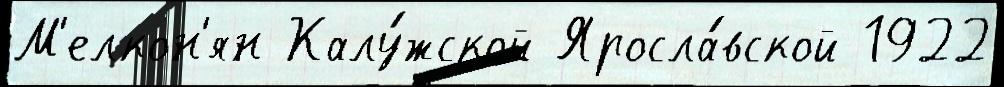
М'елкон'ян Калу́жской Яросла́вской 1922